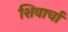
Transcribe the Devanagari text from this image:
शिवार्चा